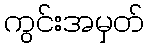
ကွင်းအမှတ်